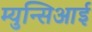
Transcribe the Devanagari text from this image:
म्युन्सिआई